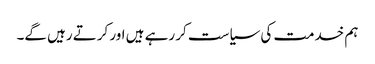
ہم خدمت کی سیاست کر رہے ہیں اور کرتے رہیں گے۔